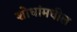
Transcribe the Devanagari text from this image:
शोधांमधील